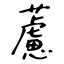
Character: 藘